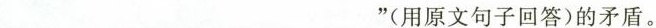
___"(用原文句子回答)的矛盾。